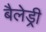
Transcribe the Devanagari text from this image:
बैलेड्री